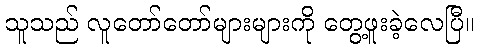
သူသည် လူတော်တော်များများကို တွေ့ဖူးခဲ့လေပြီ။